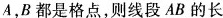
A，B都是格点，则线段AB的长